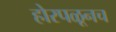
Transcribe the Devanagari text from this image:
होरपळूनच